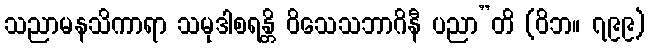
သညာမနသိကာရာ သမုဒါစရန္တိ ဝိသေသဘာဂိနီ ပညာ”တိ (ဝိဘ။ ၇၉၉)